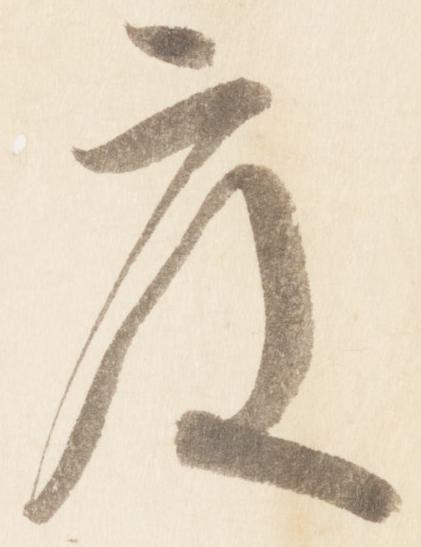
度